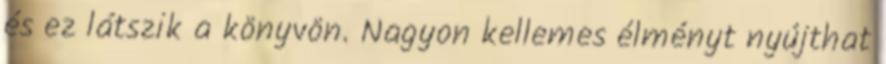
és ez látszik a könyvön. Nagyon kellemes élményt nyújthat